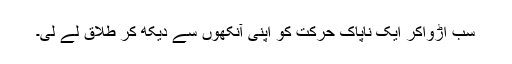
سب اڑواکر ایک ناپاک حرکت کو اپنی آنکھوں سے دیکھ کر طلاق لے لی۔